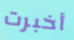
أخبرت